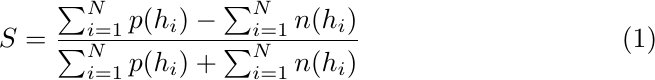
\begin{equation}
S = \frac{\sum_{i=1}^{N} p(h_i) - \sum_{i=1}^{N} n(h_i)}{\sum_{i=1}^{N} p(h_i) + \sum_{i=1}^{N} n(h_i)}
\end{equation}